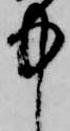
中